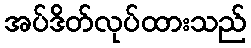
အပ်ဒိတ်လုပ်ထားသည်